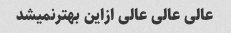
عالی عالی عالی ازاین بهترنمیشد